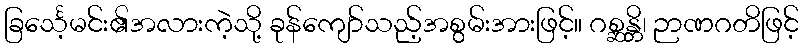
ခြင်္သေ့မင်း၏အလားကဲ့သို့ ခုန်ကျော်သည့်အစွမ်းအားဖြင့်။ ဂစ္ဆန္တိ၊ ဉာဏဂတိဖြင့်